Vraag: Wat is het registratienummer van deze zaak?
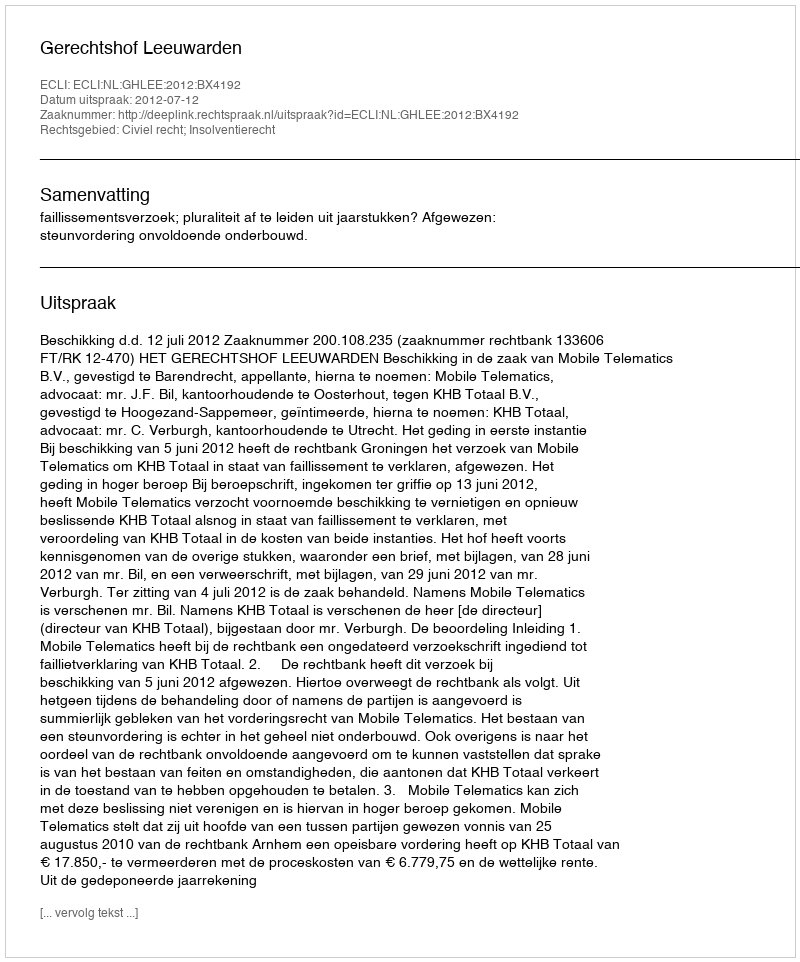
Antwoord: http://deeplink.rechtspraak.nl/uitspraak?id=ECLI:NL:GHLEE:2012:BX4192